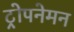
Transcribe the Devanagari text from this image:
ट्रोपनेमन